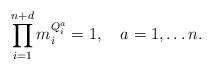
LaTeX: \begin{align*}\prod_{i=1}^{n+d} m_i^{Q_i^a}=1, \quad a=1,\ldots n.\end{align*}